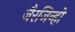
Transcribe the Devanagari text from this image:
जैरजिन्हो